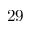
2 9